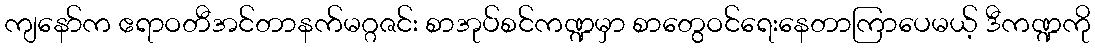
ကျနော်က ဧရာဝတီအင်တာနက်မဂ္ဂဇင်း စာအုပ်စင်ကဏ္ဍမှာ စာတွေဝင်ရေးနေတာကြာပေမယ့် ဒီကဏ္ဍကို